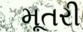
મૂતરી